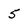
Character: 5